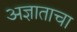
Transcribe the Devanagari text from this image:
अज्ञाताचा